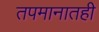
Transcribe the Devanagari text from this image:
तपमानातही